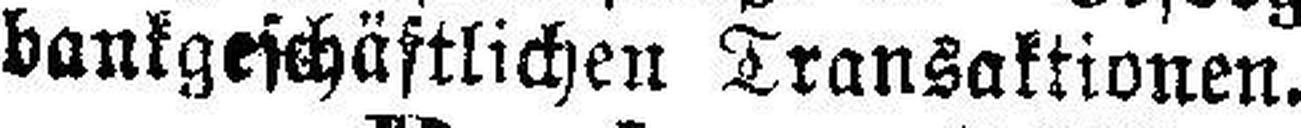
bankgeschäftlichen Transaktionen.